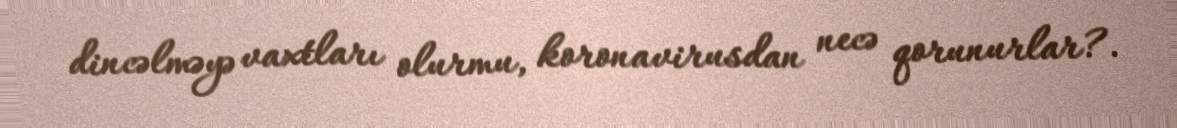
dincəlməyə vaxtları olurmu, koronavirusdan necə qorunurlar?.